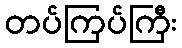
တပ်ကြပ်ကြီး